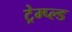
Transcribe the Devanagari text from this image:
ट्रेम्प्ल्ड